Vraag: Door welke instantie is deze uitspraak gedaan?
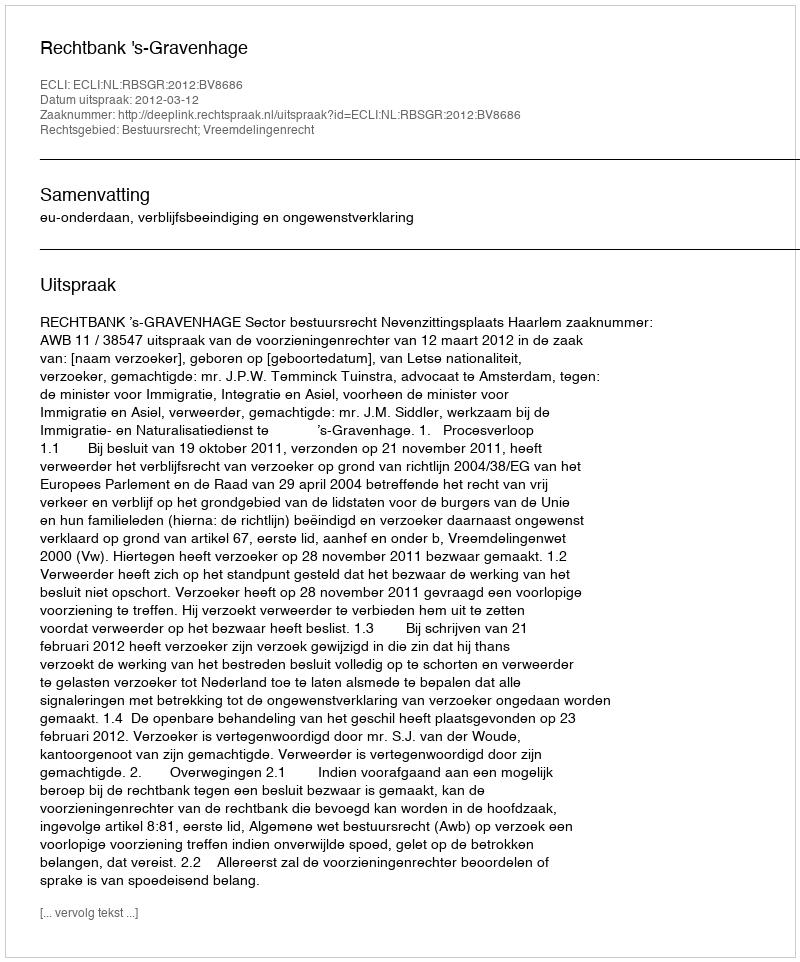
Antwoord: Rechtbank 's-Gravenhage